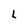
Character: L